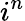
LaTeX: i^{n}